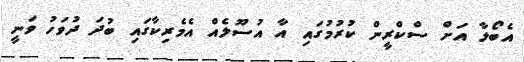
އެބޯލާ އަށް ސްކްރީން ކުރުމުގައި އާ އުސޫލެއް އެމެރިކާގައި ބުދަ ދުވަހު ވަނީ